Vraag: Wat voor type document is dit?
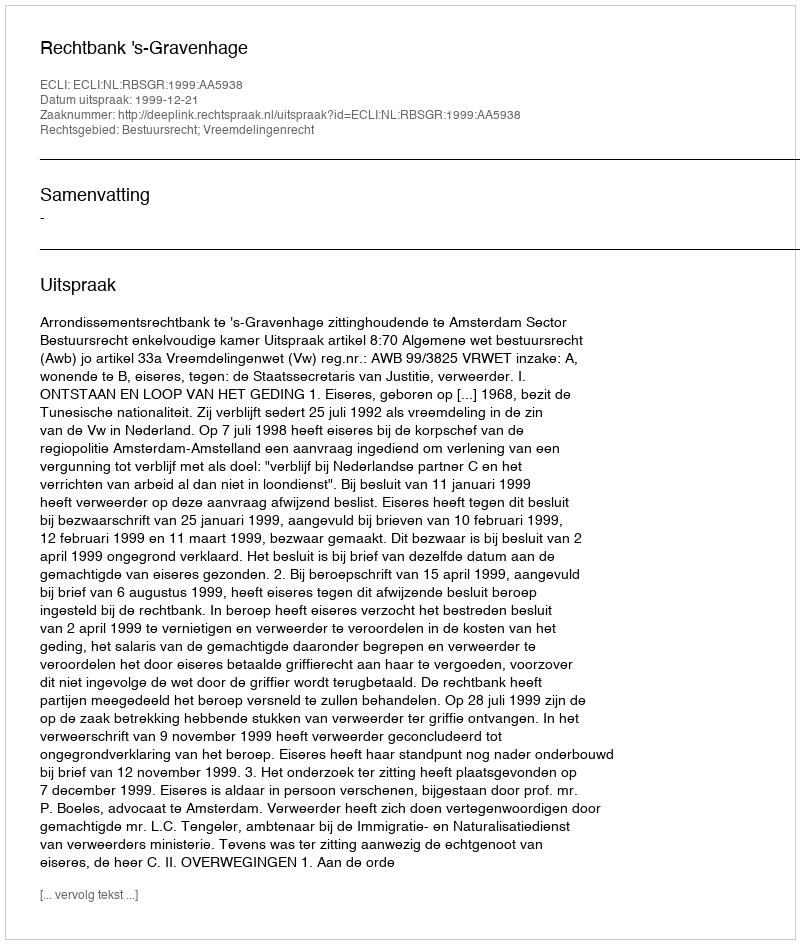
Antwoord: Uitspraak